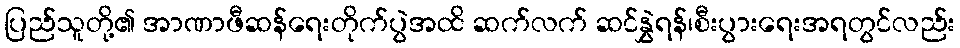
ပြည်သူတို့၏ အာဏာဖီဆန်ရေးတိုက်ပွဲအထိ ဆက်လက် ဆင်နွှဲရန်၊စီးပွားရေးအရတွင်လည်း